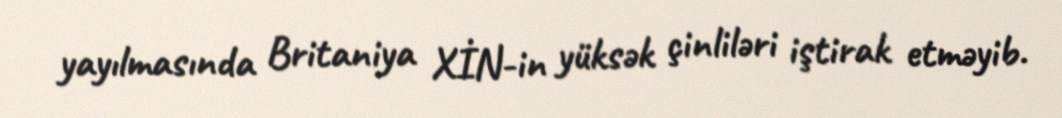
yayılmasında Britaniya XİN-in yüksək çinliləri iştirak etməyib.